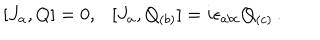
[ J _ { a } , Q ] = 0 , \ \ \ [ J _ { a } , Q _ { ( b ) } ] = i \epsilon _ { a b c } Q _ { ( c ) } \, .